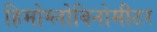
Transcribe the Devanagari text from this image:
हिमोग्लोबिनोमीटर